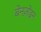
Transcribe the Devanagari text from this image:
बेनज़ोइन